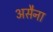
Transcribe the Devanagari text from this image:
असैना